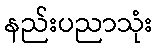
နည်းပညာသုံး